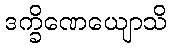
ဒက္ခိဏေယျောသိ